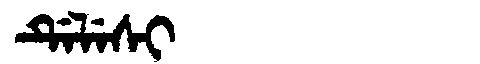
Manchu: ᡩᡝᠯᡝᠰᡳ
Romanization: DELESI